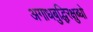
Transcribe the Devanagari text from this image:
अगाधबुद्धिरक्षुब्धो